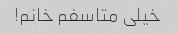
خیلی متاسفم خانم!